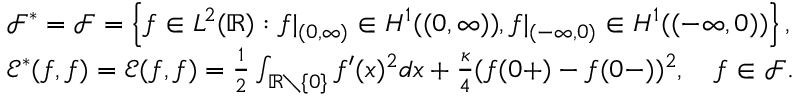
\begin{array} { r l } & { { \mathscr F } ^ { * } = { \mathscr F } = \left\{ f \in L ^ { 2 } ( { \mathbb R } ) : f | _ { ( 0 , \infty ) } \in H ^ { 1 } ( ( 0 , \infty ) ) , f | _ { ( - \infty , 0 ) } \in H ^ { 1 } ( ( - \infty , 0 ) ) \right\} , } \\ & { { \mathscr E } ^ { * } ( f , f ) = { \mathscr E } ( f , f ) = \frac { 1 } { 2 } \int _ { { \mathbb R } \setminus \{ 0 \} } f ^ { \prime } ( x ) ^ { 2 } d x + \frac { \kappa } { 4 } ( f ( 0 + ) - f ( 0 - ) ) ^ { 2 } , \quad f \in { \mathscr F } . } \end{array}